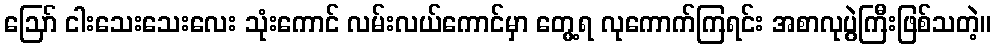
ဪ ငါးသေးသေးလေး သုံးကောင် လမ်းလယ်ကောင်မှာ တွေ့ရ လုကောက်ကြရင်း အစာလုပွဲကြီးဖြစ်သတဲ့။